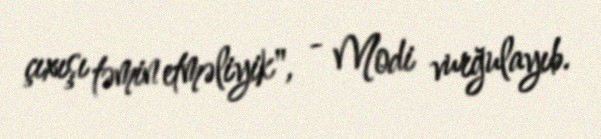
çıxışı təmin etməliyik", - Modi vurğulayıb.